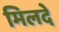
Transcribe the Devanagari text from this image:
मिलदे